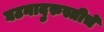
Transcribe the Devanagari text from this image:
घटनादुरुस्तीचे